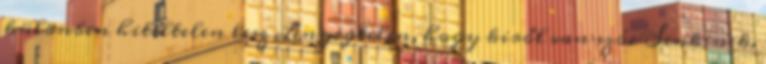
különben hiteltelen lesz Lényegtelen, hogy kiről van szó. Senkinek,